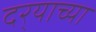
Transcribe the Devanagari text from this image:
दर्‍याच्या